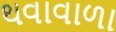
થવાવાળા